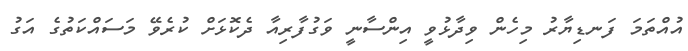
އުއްތަމަ ފަނޑިޔާރު މިހެން ވިދާޅުވީ އިންސާނީ ވަގުފާރިއާ ދެކޮޅަށް ކުރެވޭ މަސައްކަތުގެ އަގު